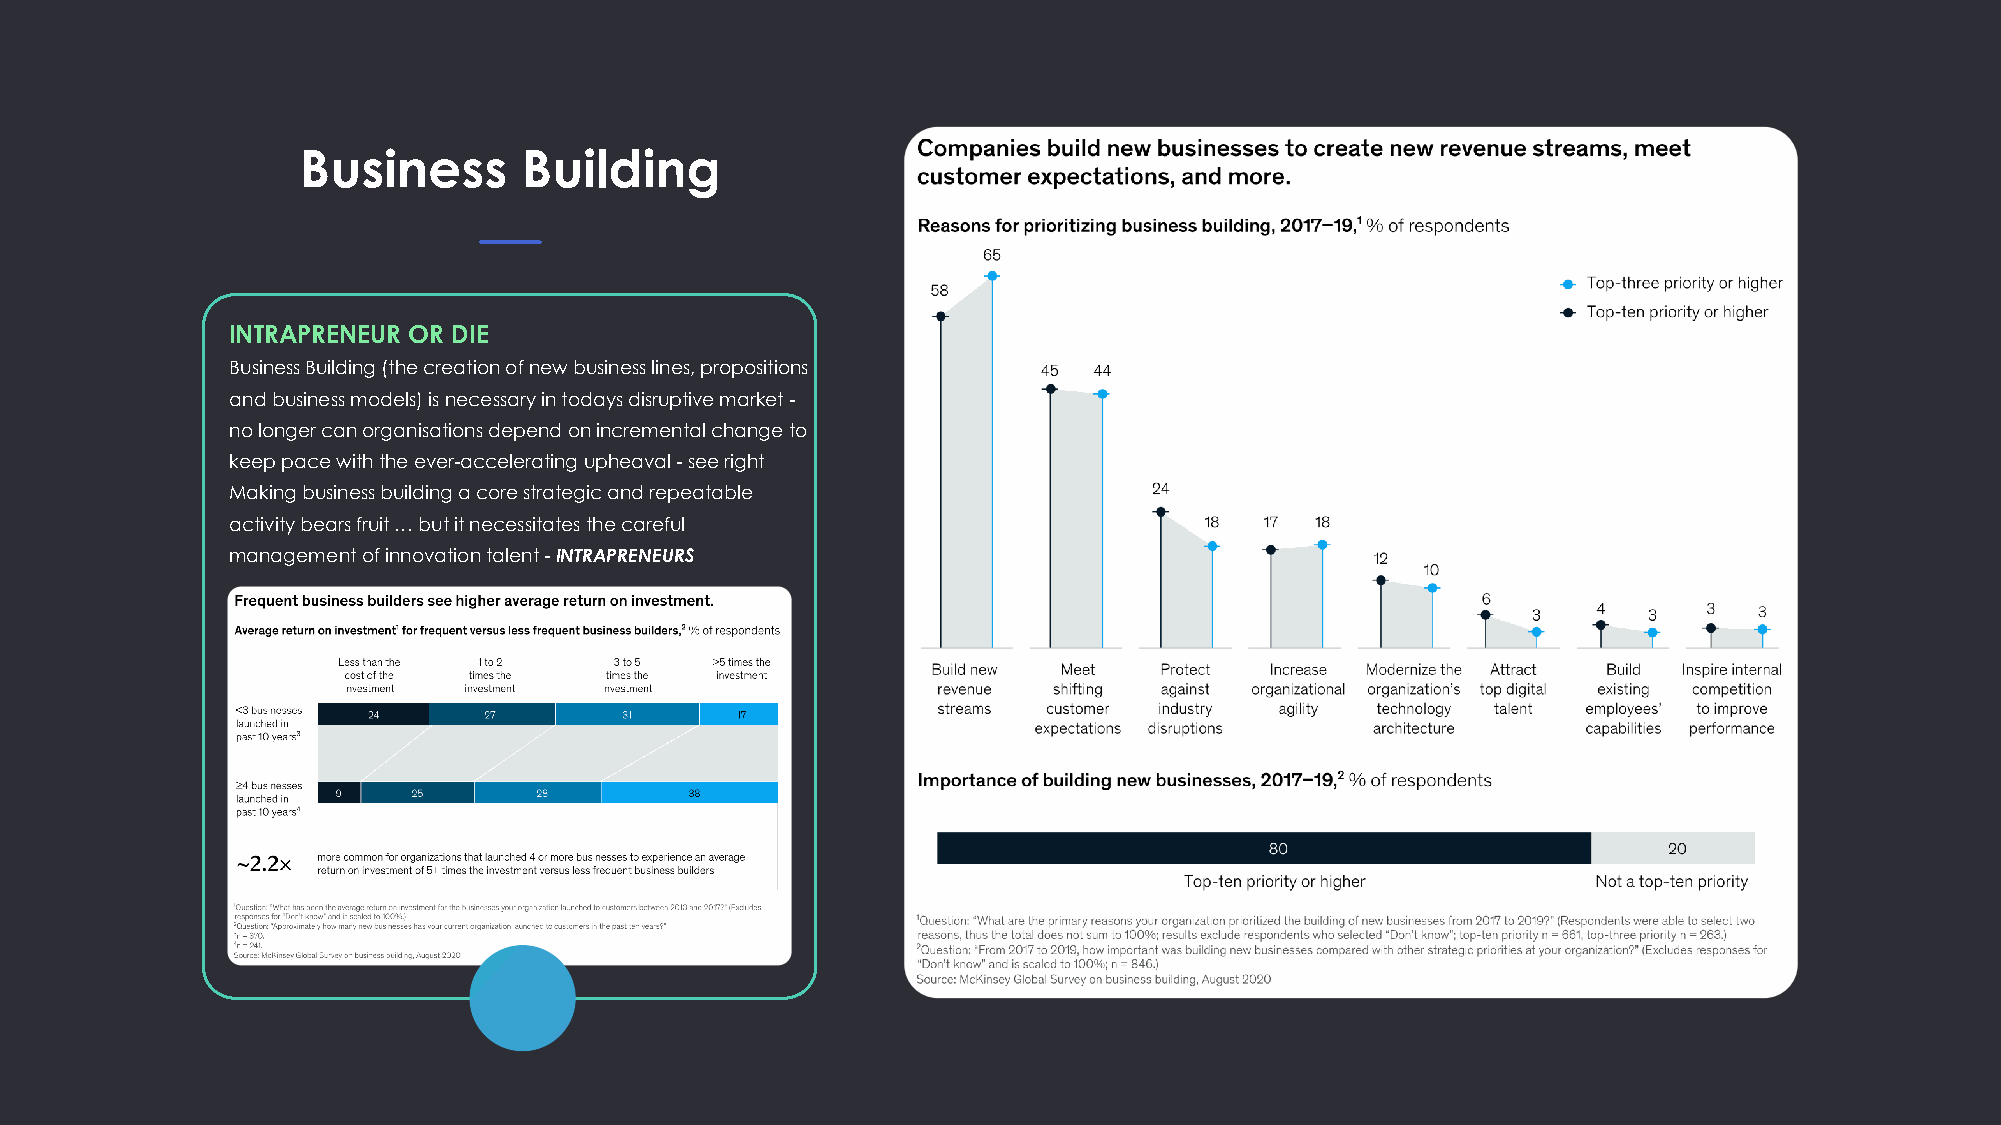
Business       Building
 INTRAPRENEUR OR DIE
 Business Building (the creation of new business lines, propositions
 and business models) is necessary in todays disruptive market -
 no longer can organisations depend on incremental change to
 keep pace with the ever-accelerating upheaval - see right
 Making business building a core strategic and repeatable
 activity bears fruit … but it necessitates the careful
 management of innovation talent - INTRAPRENEURS